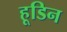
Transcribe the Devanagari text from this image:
हूडिन